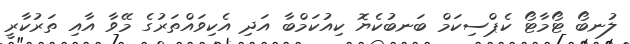
ލުނބޯ ޓޯމާޓޯ ކެޕްސިކަމް ބަނބުކެޔޮ ކިއުކަމްބާ އަދި އެކިވައްތަރުގެ މޭވާ އާއި ތަރުކާރީ